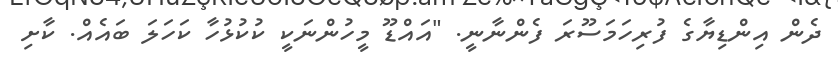
ދެން އިންޑިޔާގެ ފުރިހަމަސޫރަ ފެންނާނީ. "އައްޑޫ މީހުންނަކީ ކުކުޅުހާ ކަހަލަ ބައެއް. ކާށި